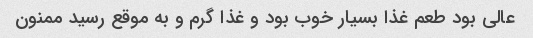
عالی بود طعم غذا بسیار خوب بود و غذا گرم و به موقع رسید ممنون